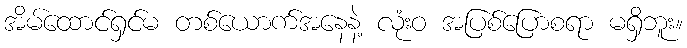
အိမ်ထောင်ရှင်မ တစ်ယောက်အနေနဲ့ လုံးဝ အပြစ်ပြောစရာ မရှိဘူး။